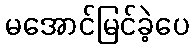
မအောင်မြင်ခဲ့ပေ